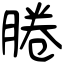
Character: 腃